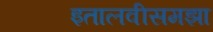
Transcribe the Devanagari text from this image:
इतालवीसमझा